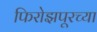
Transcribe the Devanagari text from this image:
फिरोझपूरच्या